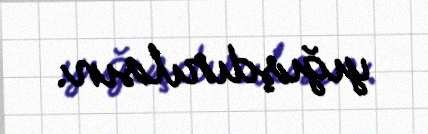
yığışdırılsın.